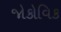
જોકોવિક